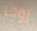
روجر